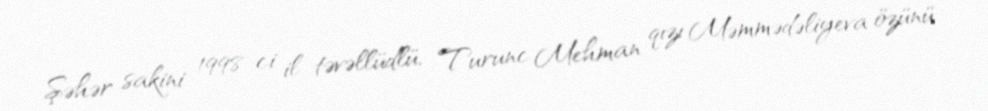
Şəhər sakini 1998-ci il təvəllüdlü, Turunc Mehman qızı Məmmədəliyeva özünü